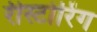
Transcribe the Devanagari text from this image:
रीस्टोरिंग